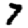
Digit: 7